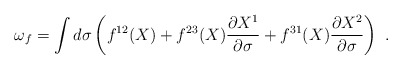
\begin{align*}\omega_f = \int d\sigma \left(f^{12}(X)+ f^{23}(X)\frac{\partial X^1}{\partial \sigma}+f^{31}(X)\frac{\partial X^2}{\partial \sigma}\right)\,\,.\end{align*}